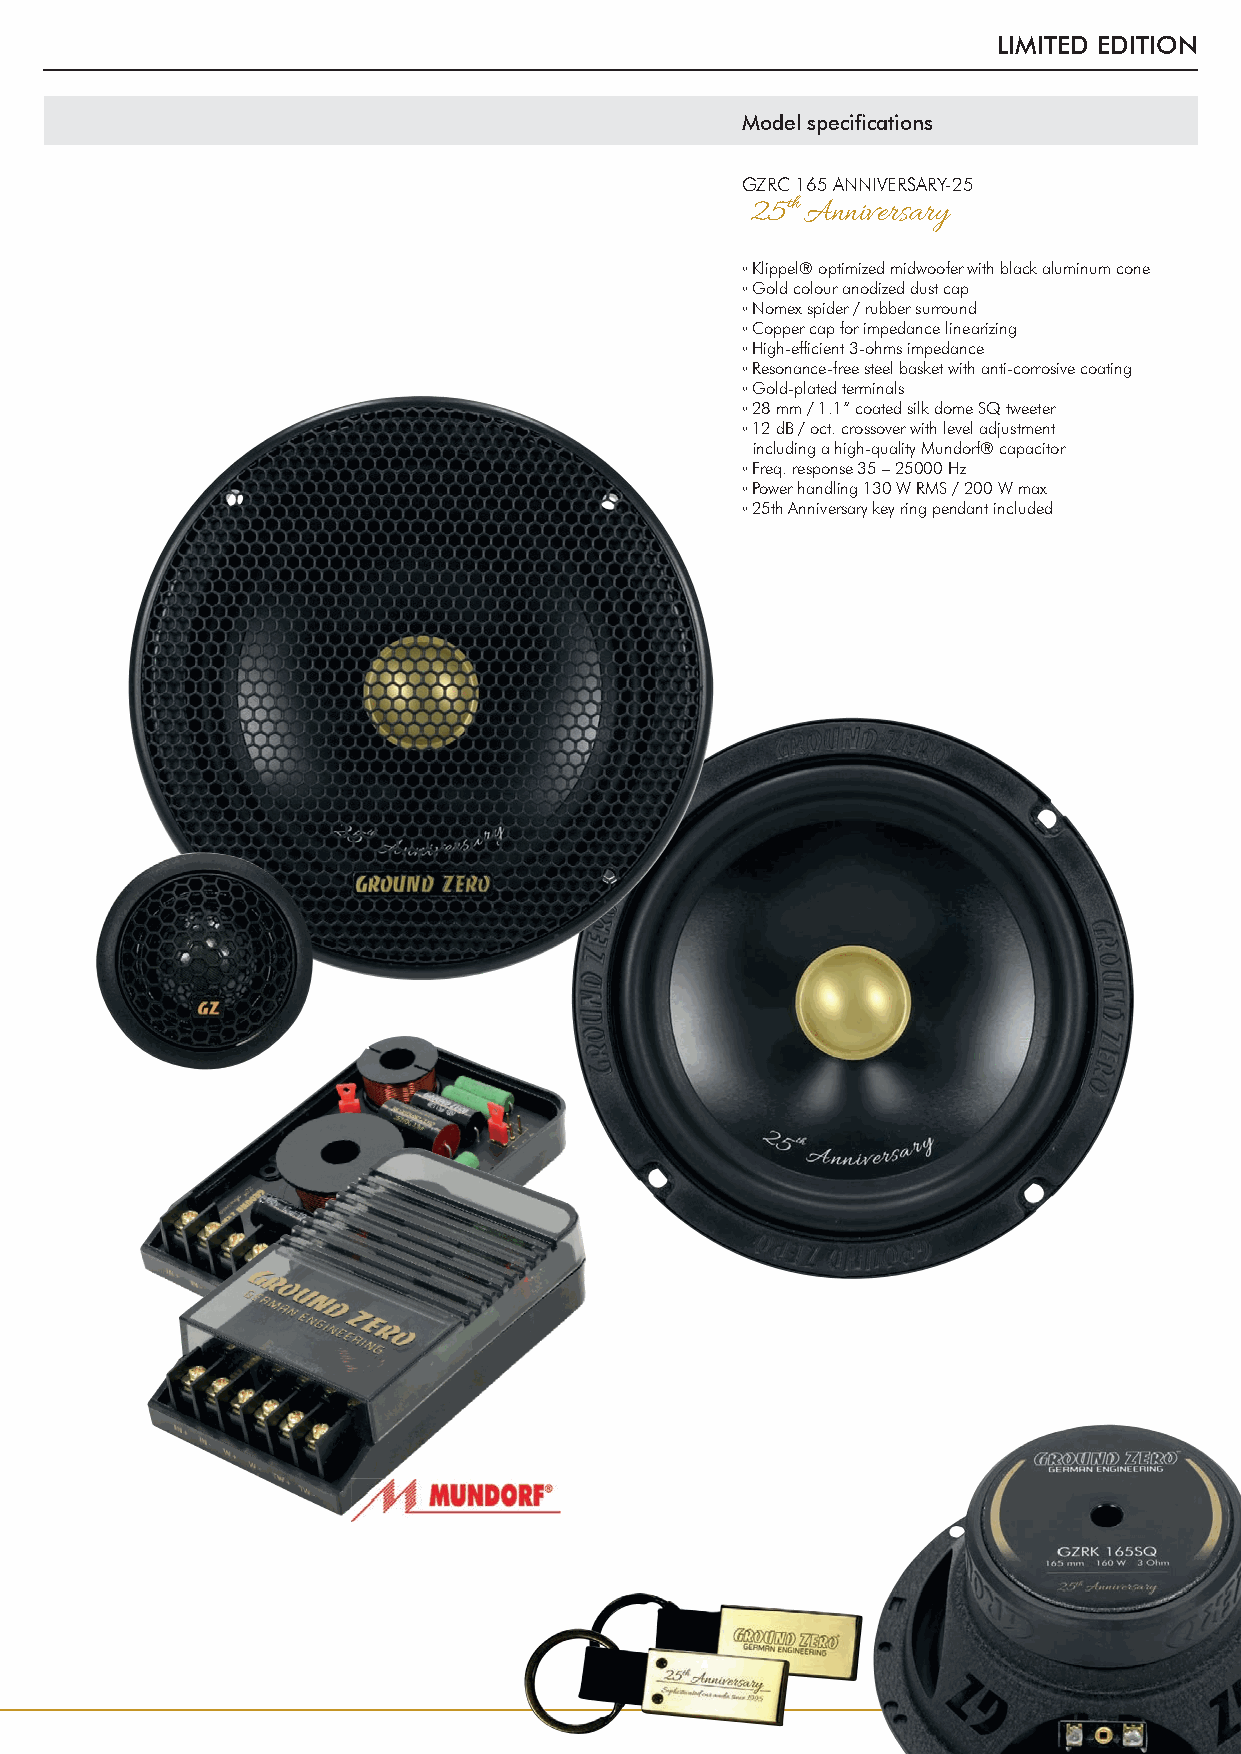
LIMITED EDITION
 Model specifi cations
 GZRC 165 ANNIVERSARY-25
 25th Anniversary
 ◦Klippel® optimized midwoofer with black aluminum cone
 ◦Gold colour anodized dust cap
 ◦Nomex spider / rubber surround
 ◦Copper cap for impedance linearizing
 ◦High-effi cient 3-ohms impedance
 ◦Resonance-free steel basket with anti-corrosive coating
 ◦Gold-plated terminals
 ◦28 mm / 1.1“ coated silk dome SQ tweeter
 ◦12 dB / oct. crossover with level adjustment
 including a high-quality Mundorf® capacitor
 ◦Freq. response 35 – 25000 Hz
 ◦Power handling 130 W RMS / 200 W max
 ◦25th Anniversary key ring pendant included
 5